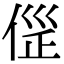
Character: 𠊦